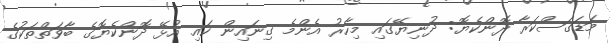
މަޑަގަސްކަރާ ދޮންކެޔޮ: ދުނިޔޭގައި މިހާރު އެންމެ ގިނައިން ކައި އުޅޭ ދޮންކެޔޮގެ ބާވަތްތަކުގެ